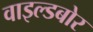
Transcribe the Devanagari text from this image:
वाइल्डबोर